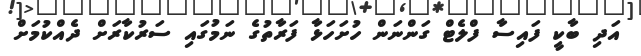
އަދި ބާކީ ފައިސާ ފްލެޓް ގަންނަން ހުށަހަޅާ ފަރާތުގެ ނަމުގައި ސަރުކާރަށް ދެއްކުމަށް